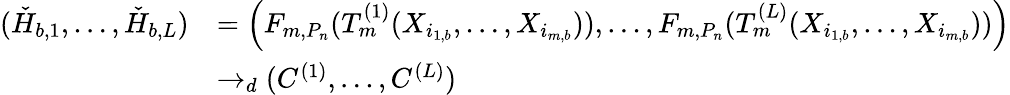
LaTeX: \begin{array}{rl}{(\check{H}_{b,1},\dots,\check{H}_{b,L})}&{=\left(F_{m,P_{n}}(T_{m}^{(1)}(X_{i_{1,b}},\dots,X_{i_{m,b}})),\dots,F_{m,P_{n}}(T_{m}^{(L)}(X_{i_{1,b}},\dots,X_{i_{m,b}}))\right)}\\ &{\rightarrow_{d}(C^{(1)},\dots,C^{(L)})}\end{array}